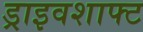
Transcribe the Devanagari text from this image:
ड्राइवशाफ्ट